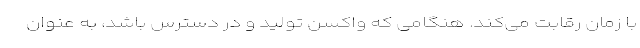
با زمان رقابت می‌کند. هنگامی که واکسن تولید و در دسترس باشد، به عنوان